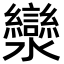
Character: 灓